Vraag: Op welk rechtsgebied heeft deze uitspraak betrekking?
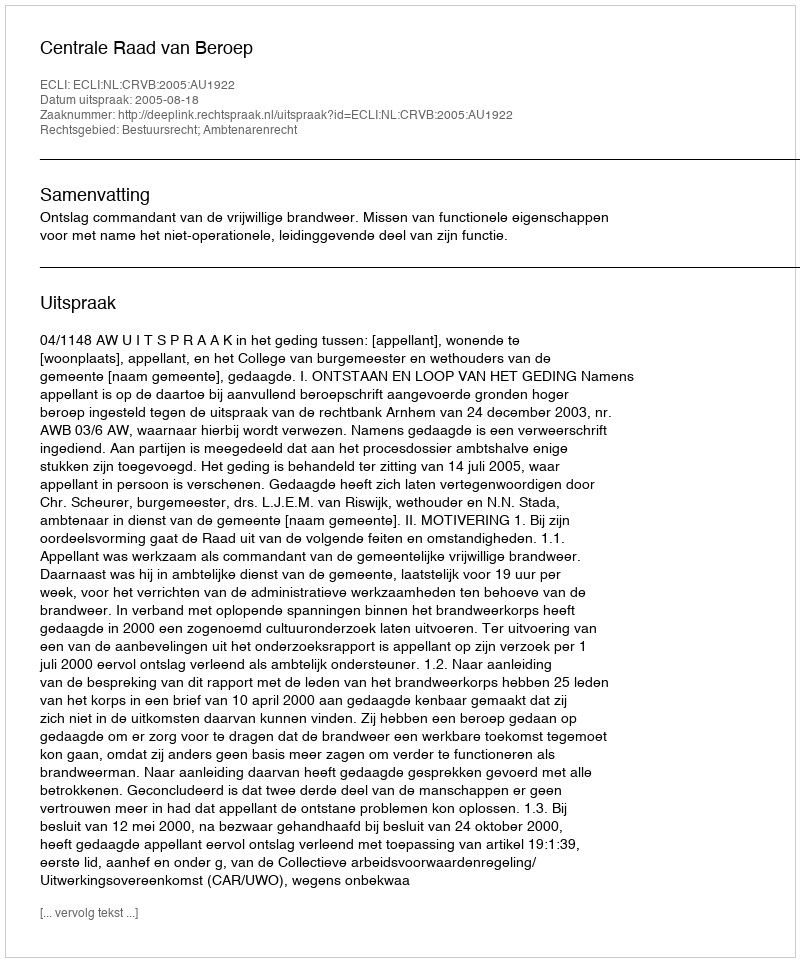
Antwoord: Bestuursrecht; Ambtenarenrecht